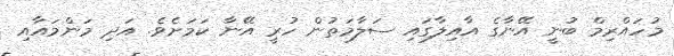
މުހައްރިމް ބުނީ އޭނާގެ އާއިލާގައި ސަލާމަތުން ހުރީ އޭނާ ކަމަށެވެ. އަދި މަންމައާއި